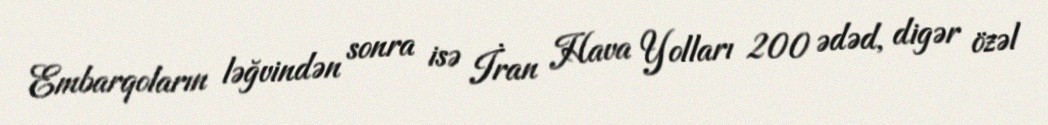
Embarqoların ləğvindən sonra isə İran Hava Yolları 200 ədəd, digər özəl